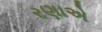
રણાએ